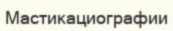
Мастикациографии